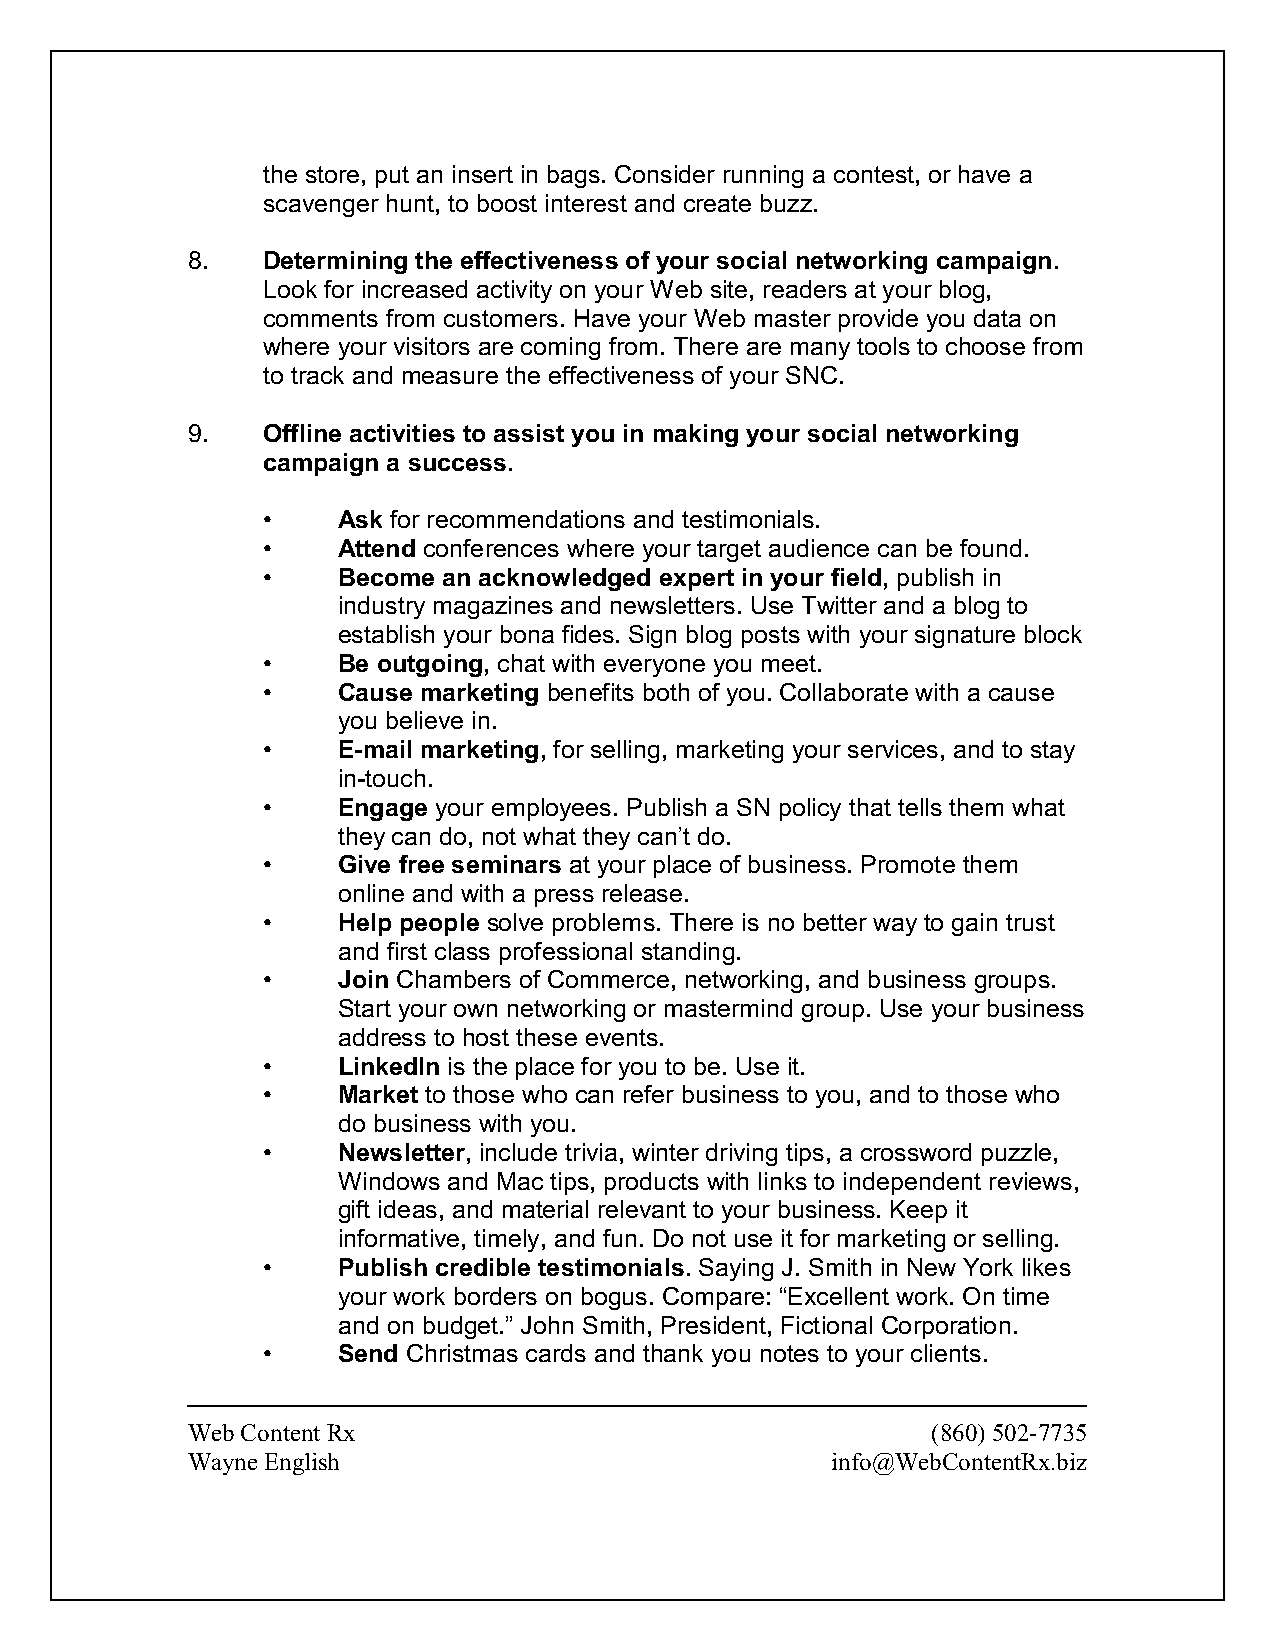
the store, put an insert in bags. Consider running a contest, or have a
 scavenger hunt, to boost interest and create buzz.
 8.   Determining the effectiveness of your social networking campaign.
 Look for increased activity on your Web site, readers at your blog,
 comments from customers. Have your Web master provide you data on
 where your visitors are coming from. There are many tools to choose from
 to track and measure the effectiveness of your SNC.
 9.   Offline activities to assist you in making your social networking
 campaign a success.
 •    Ask for recommendations and testimonials.
 •    Attend conferences where your target audience can be found.
 •    Become an acknowledged expert in your field, publish in
 industry magazines and newsletters. Use Twitter and a blog to
 establish your bona fides. Sign blog posts with your signature block
 •    Be outgoing, chat with everyone you meet.
 •    Cause marketing benefits both of you. Collaborate with a cause
 you believe in.
 •    E-mail marketing, for selling, marketing your services, and to stay
 in-touch.
 •    Engage your employees. Publish a SN policy that tells them what
 they can do, not what they can’t do.
 •    Give free seminars at your place of business. Promote them
 online and with a press release.
 •    Help people solve problems. There is no better way to gain trust
 and first class professional standing.
 •    Join Chambers of Commerce, networking, and business groups.
 Start your own networking or mastermind group. Use your business
 address to host these events.
 •    LinkedIn is the place for you to be. Use it.
 •    Market to those who can refer business to you, and to those who
 do business with you.
 •    Newsletter, include trivia, winter driving tips, a crossword puzzle,
 Windows and Mac tips, products with links to independent reviews,
 gift ideas, and material relevant to your business. Keep it
 informative, timely, and fun. Do not use it for marketing or selling.
 •    Publish credible testimonials. Saying J. Smith in New York likes
 your work borders on bogus. Compare: “Excellent work. On time
 and on budget.” John Smith, President, Fictional Corporation.
 •    Send Christmas cards and thank you notes to your clients.
 Web Content Rx                                    (860) 502-7735
 Wayne English                              info@WebContentRx.biz